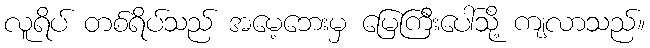
လူရိပ် တစ်ရိပ်သည် အမေ့ဘေးမှ မြေကြီးပေါ်သို့ ကျလာသည်။